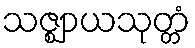
သဇ္ဈာယသုတ္တံ